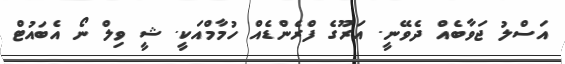
އަސްލު ޖަވާބެއް ދެވޭނީ. އަރޫގެ ފްރެންޑެއް ހުމާމްއަކީ. ޝީ ވިލް ނޯ އެބައުޓް